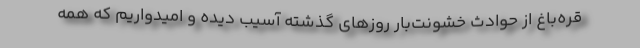
قره‌باغ از حوادث خشونت‌بار روزهای گذشته آسیب دیده و امیدواریم که همه